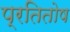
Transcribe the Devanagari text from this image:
प्रतितोष